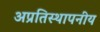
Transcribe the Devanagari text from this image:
अप्रतिस्थापनीय